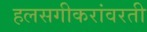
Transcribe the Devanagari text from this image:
हलसगीकरांवरती